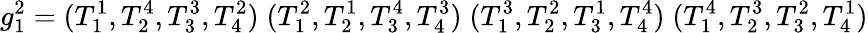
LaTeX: g_{1}^{2}=(T_{1}^{1},T_{2}^{4},T_{3}^{3},T_{4}^{2})\; (T_{1}^{2},T_{2}^{1},T_{3}^{4},T_{4}^{3})\; (T_{1}^{3},T_{2}^{2},T_{3}^{1},T_{4}^{4})\; (T_{1}^{4},T_{2}^{3},T_{3}^{2},T_{4}^{1})